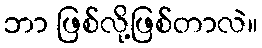
ဘာ ဖြစ်လို့ဖြစ်တာလဲ။